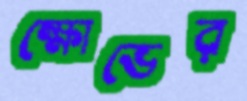
ক্ষোভের